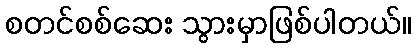
စတင်စစ်ဆေး သွားမှာဖြစ်ပါတယ်။